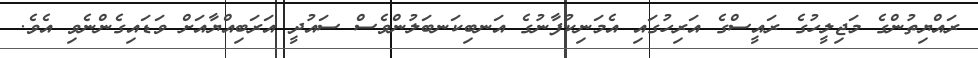
ރައްޔިތުންގެ މަޖިލީހުގެ ރައީސްގެ އަރިހުގައި އެމަނިކުފާނުގެ އަނބިކަނބަލުންވެސް ސައުދީ އަރަބިއްޔާއަށް ވަޑައިގެންނެވި އެވެެ.